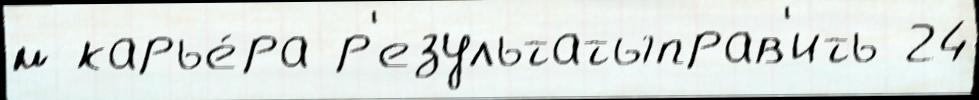
м карье́ра р'езультатыправ'ить 24